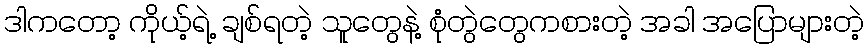
ဒါကတော့ ကိုယ့်ရဲ့ ချစ်ရတဲ့ သူတွေနဲ့ စုံတွဲတွေကစားတဲ့ အခါ အပြောများတဲ့